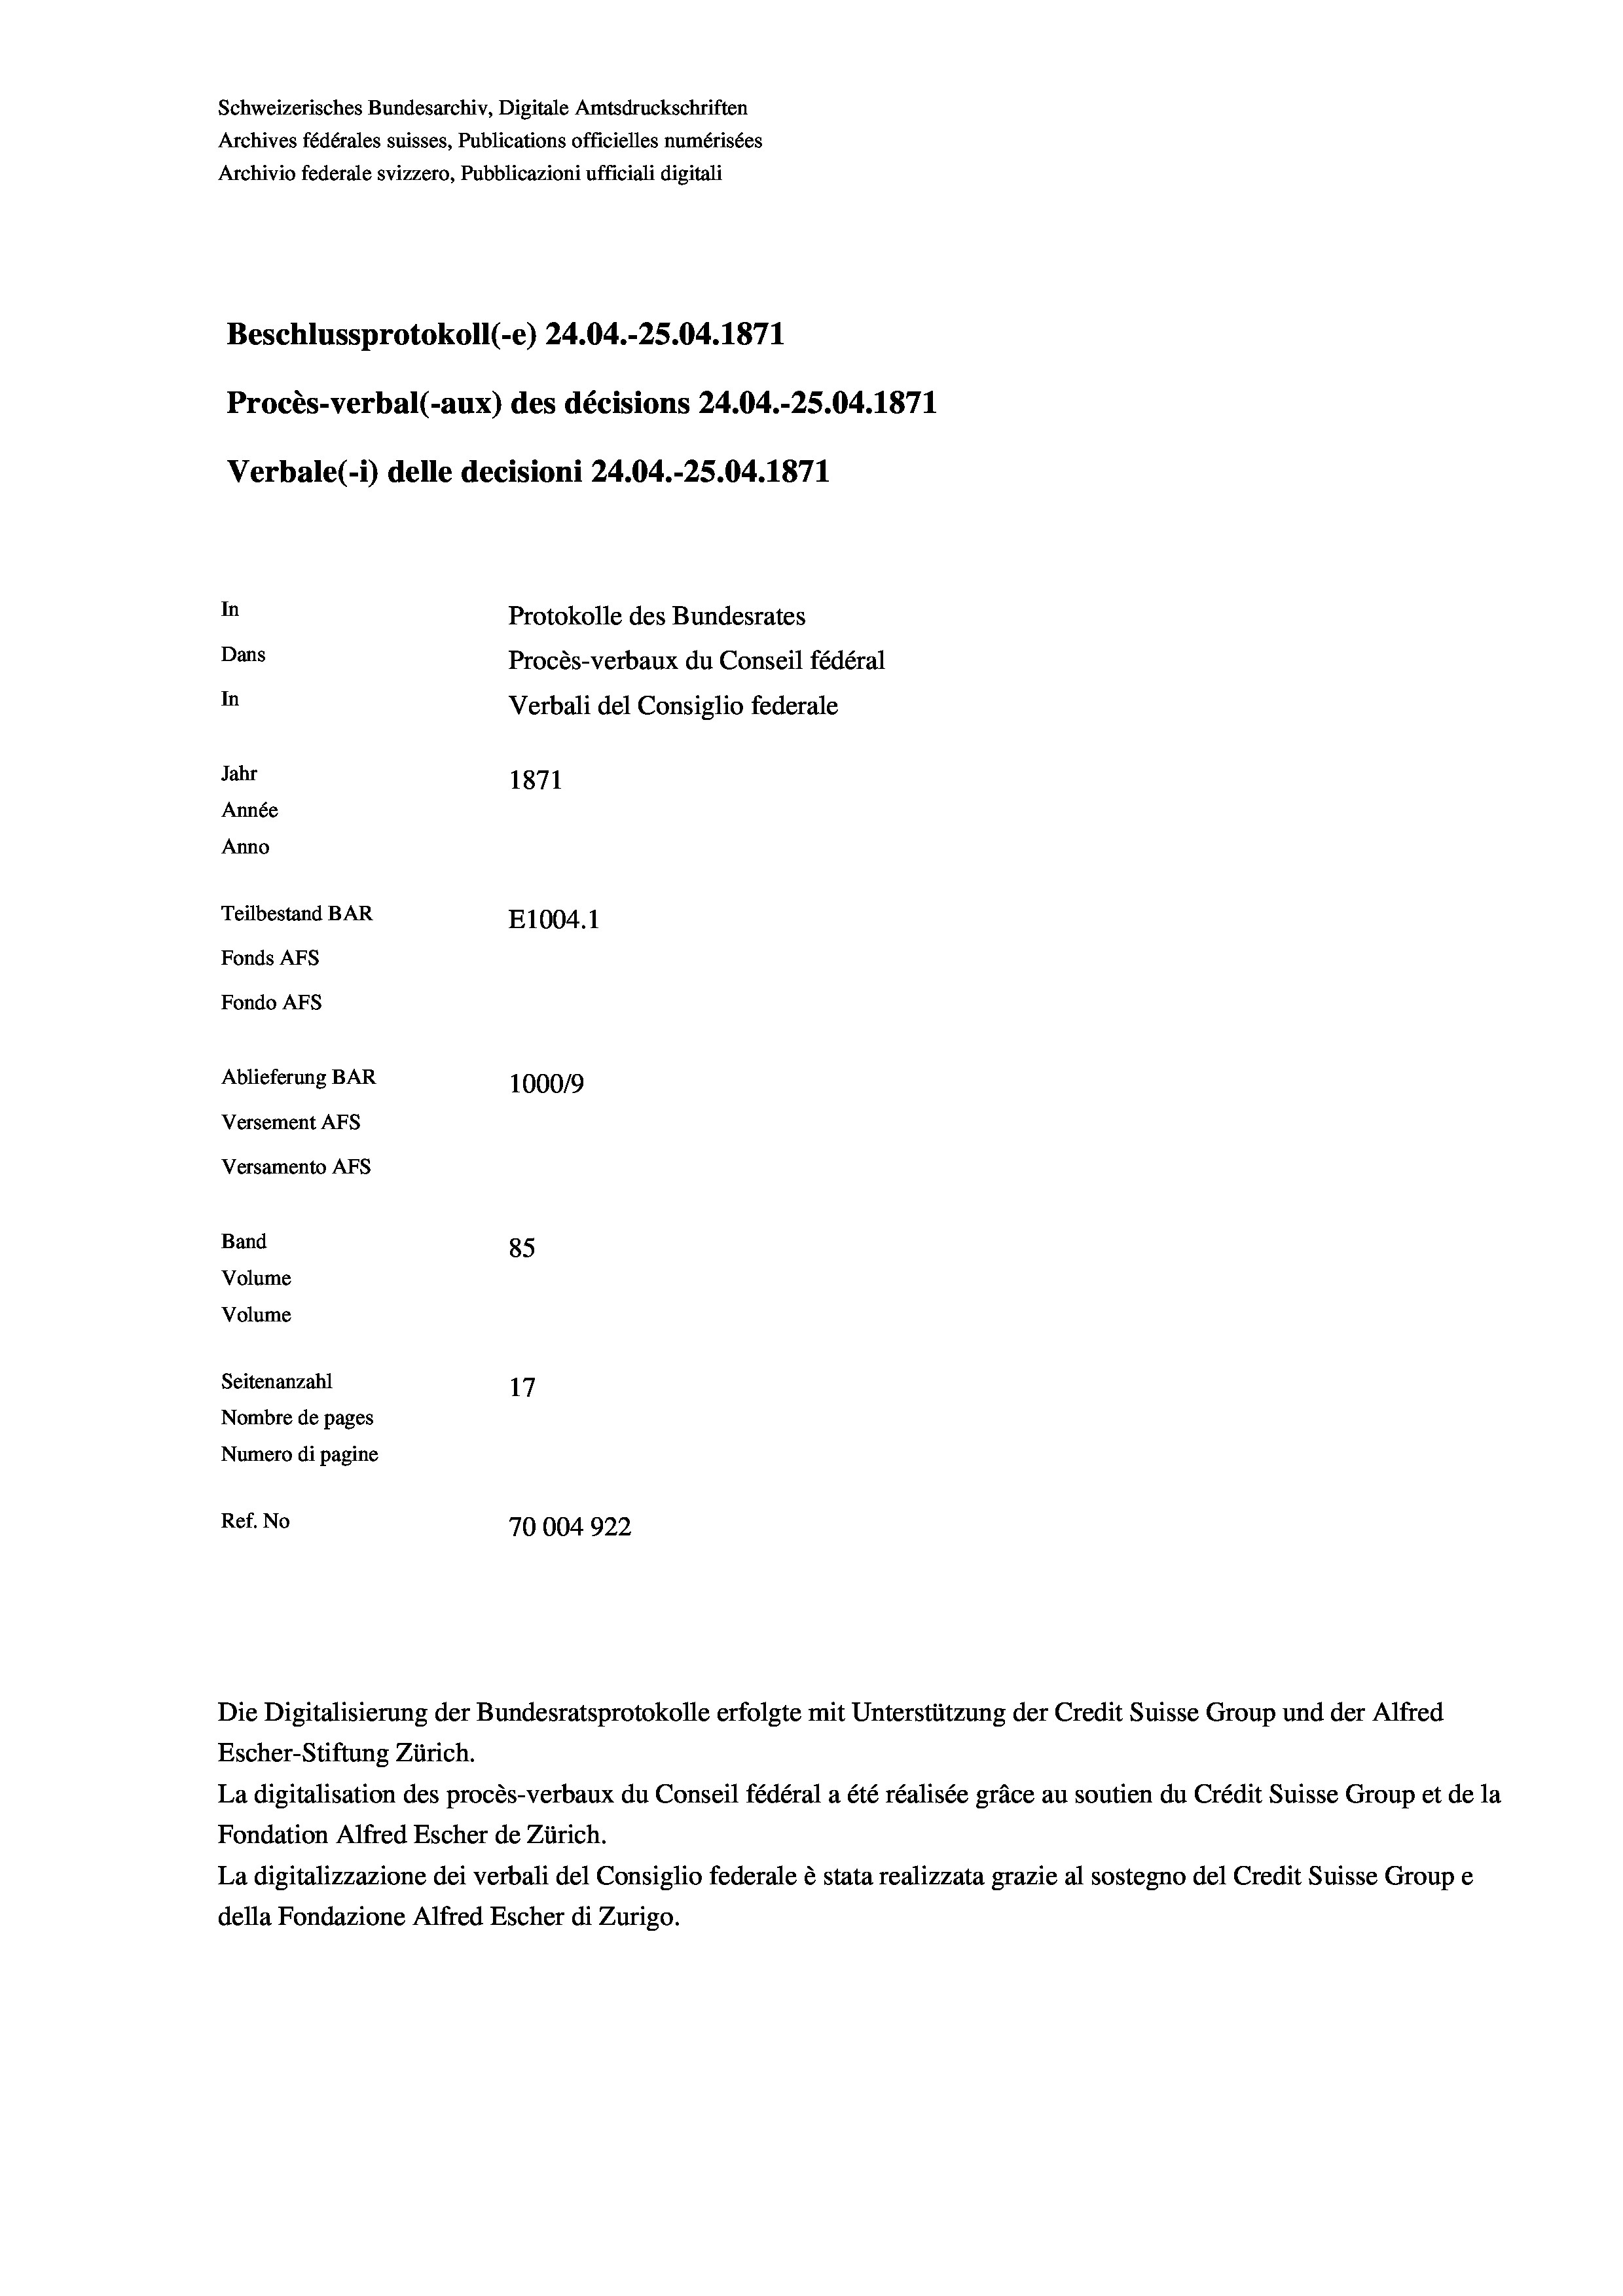
Schweizerisches Bundesarchiv, Digitale Amtsdruckschriften
Archives fédérales suisses, Publications officielles numérisées
Archivio federale svizzero, Pubblicazioni ufficiali digitali
Beschlussprotokoll (-e) 24.04.-25.04. 1871
Procès-verbal (-aux) des décisions 24.04.-25.04.1871
Verbale(-*) delle decisioni 24.04.-25.04. 1871
In
Protokolle des Bundesrates
Dans
Procès-verbaux du Conseil fédéral
In
Verbali del Consiglio federale
Jahr
1871
Année
Anno
Teilbestand BAR
E1004. 1
Fonds AFs
Fondo AFs
Ablieferung BAR
100019
Versement AFs
Versamento Afs
Band
85
Volume
Volume
Seitenanzahl
Nombre de pages
Numero di pagine
Ref. No
70004922

Die Digitalisierung der Bundesratsprotokolle erfolgte mit Unterstützung der Credit Suisse Group und der Alfred
Escher-Stiftung Zürich.

La digitalisation des procès-verbaux du Conseil fédéral a été réalisée gräce au soutien du Crédit Suisse Group et de la
Fondation Alfred Escher de Zürich.
La digitalizzazione dei verbali del Consiglio federale è stata realizzata grazie al sostegno del Credit Suisse Groupe
della Fondazione Alfred Escher di Zurigo.